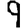
Digit: 9